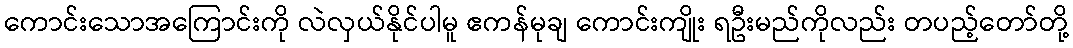
ကောင်းသောအကြောင်းကို လဲလှယ်နိုင်ပါမူ ဧကန်မုချ ကောင်းကျိုး ရဦးမည်ကိုလည်း တပည့်တော်တို့